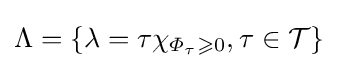
{\textstyle \Lambda =\{\lambda =\tau \chi _{\varPhi _{\tau }\geqslant 0},\tau \in {\mathcal {T}}\}}